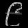
Digit: ၉